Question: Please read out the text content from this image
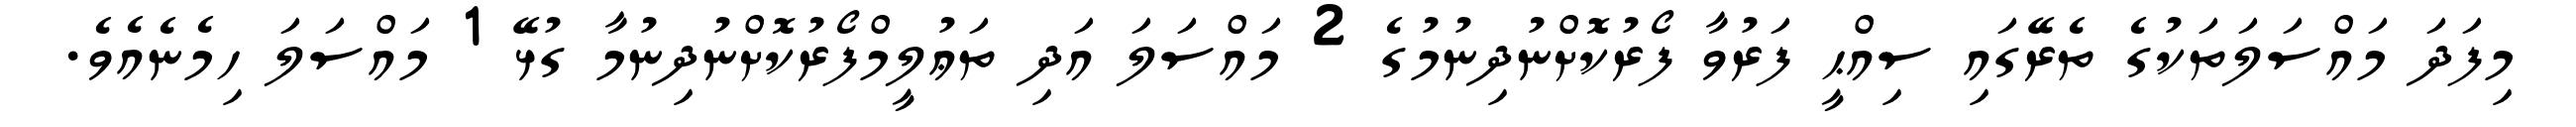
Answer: މިފަދަ މައްސަލަތަކުގެ ތެރޭގައި ސިއްޙީ ފަރުވާ ފޯރުކޮށްނުދިނުމުގެ 2 މައްސަލަ އަދި ތަޢުލީމްފޯރުކޮށްނުދިނުމާ ގުޅޭ 1 މައްސަލަ ހިމެނެއެވެ.